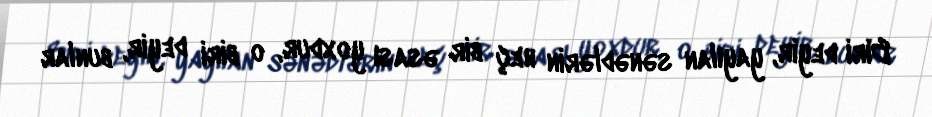
Biri deyir, yayılan sənədlərin heç bir əsası yoxdur, o biri deyir, bunlar